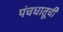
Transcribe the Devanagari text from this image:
पंचधातूची